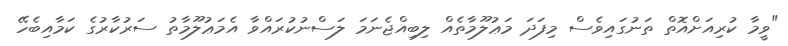
"ވީމާ ކުރިއަށްއޮތް ތަނުގައިވެސް މިފަދަ މަޢުލޫމާތެއް ލިބިއްޖެނަމަ ލަސްނުކުރައްވާ އެމަޢުލޫމާތު ސަރުކާރުގެ ކަމާއިބެހޭ